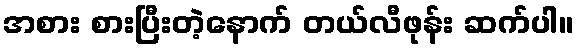
အစား စားပြီးတဲ့နောက် တယ်လီဖုန်း ဆက်ပါ။